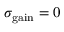
\sigma _ { \mathrm { g a i n } } = 0